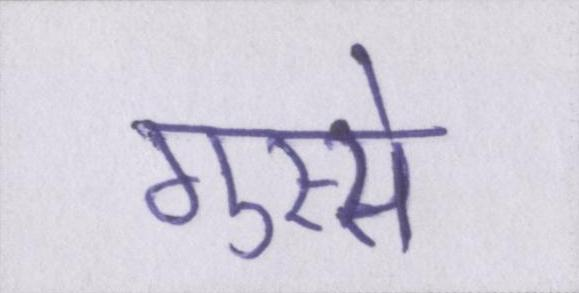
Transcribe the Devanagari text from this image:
गुस्से